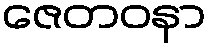
ဇေတဝနာ